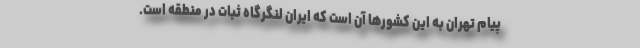
پیام تهران به این کشورها آن است که ایران لنگرگاه ثبات در منطقه است.